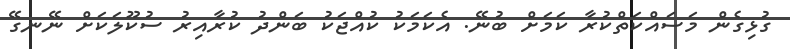
ގުޅިގެން މަސައްކަތްކުރާ ކަމަށް ބުނޭ. އެކަމަކު ކުއްޖަކު ބަންދު ކުރާއިރު ސުކޫލަކަށް ނޭނގޭ